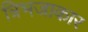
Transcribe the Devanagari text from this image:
त्रिभजाकार